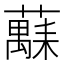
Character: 𫊅